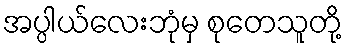
အပ္ပါယ်လေးဘုံမှ စုတေသူတို့